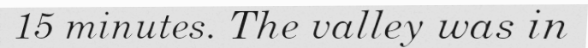
15 minutes. The valley was in